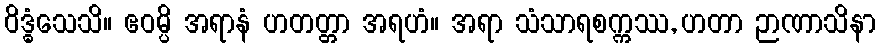
ဝိဒ္ဓံသေသိ။ ဧဝမ္ပိ အရာနံ ဟတတ္တာ အရဟံ။ အရာ သံသာရစက္ကဿ, ဟတာ ဉာဏာသိနာ